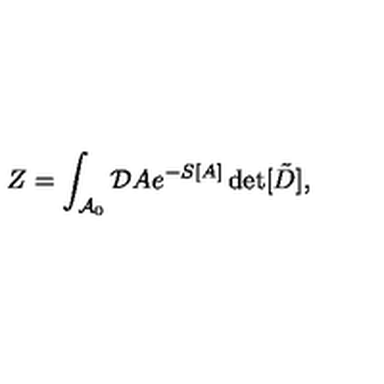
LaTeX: Z = \int _ { { \cal A } _ { 0 } } { \cal D } A e ^ { - S [ A ] } \det [ \tilde { D } ] ,